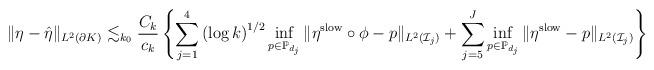
LaTeX: \begin{align*}\Vert \eta -\hat{\eta} \Vert_{L^2 \left( \partial K \right)}\lesssim_{k_0} \dfrac{C_k}{c_k}\left\{\sum_{j=1}^{4} \left( \log k \right)^{1/2} \inf_{p \in \mathbb{P}_{d_j}} \Vert \eta^{\rm slow} \circ \phi - p \Vert_{L^2(\mathcal{I}_j)}+ \sum_{j=5}^{J} \inf_{p \in \mathbb{P}_{d_j}} \Vert \eta^{\rm slow} - p \Vert_{L^2(\mathcal{I}_j)}\right\}\end{align*}